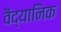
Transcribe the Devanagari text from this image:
वैद्यानिक